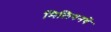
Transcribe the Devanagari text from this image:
मिलियनवें